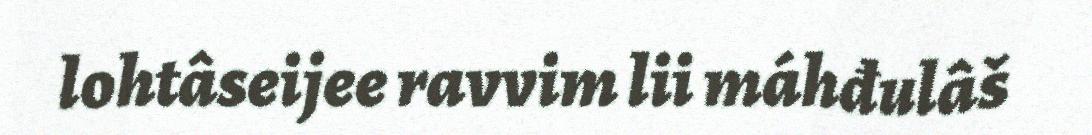
lohtâseijee ravvim lii máhđulâš